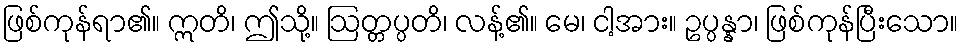
ဖြစ်ကုန်ရာ၏။ ဣတိ၊ ဤသို့။ ဩတ္တပ္ပတိ၊ လန့်၏။ မေ၊ ငါ့အား။ ဥပ္ပန္နာ၊ ဖြစ်ကုန်ပြီးသော။